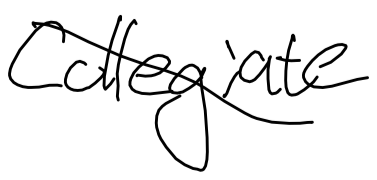
Text: Collegiate
Cross-out: diagonal
Writing tool: digital_black